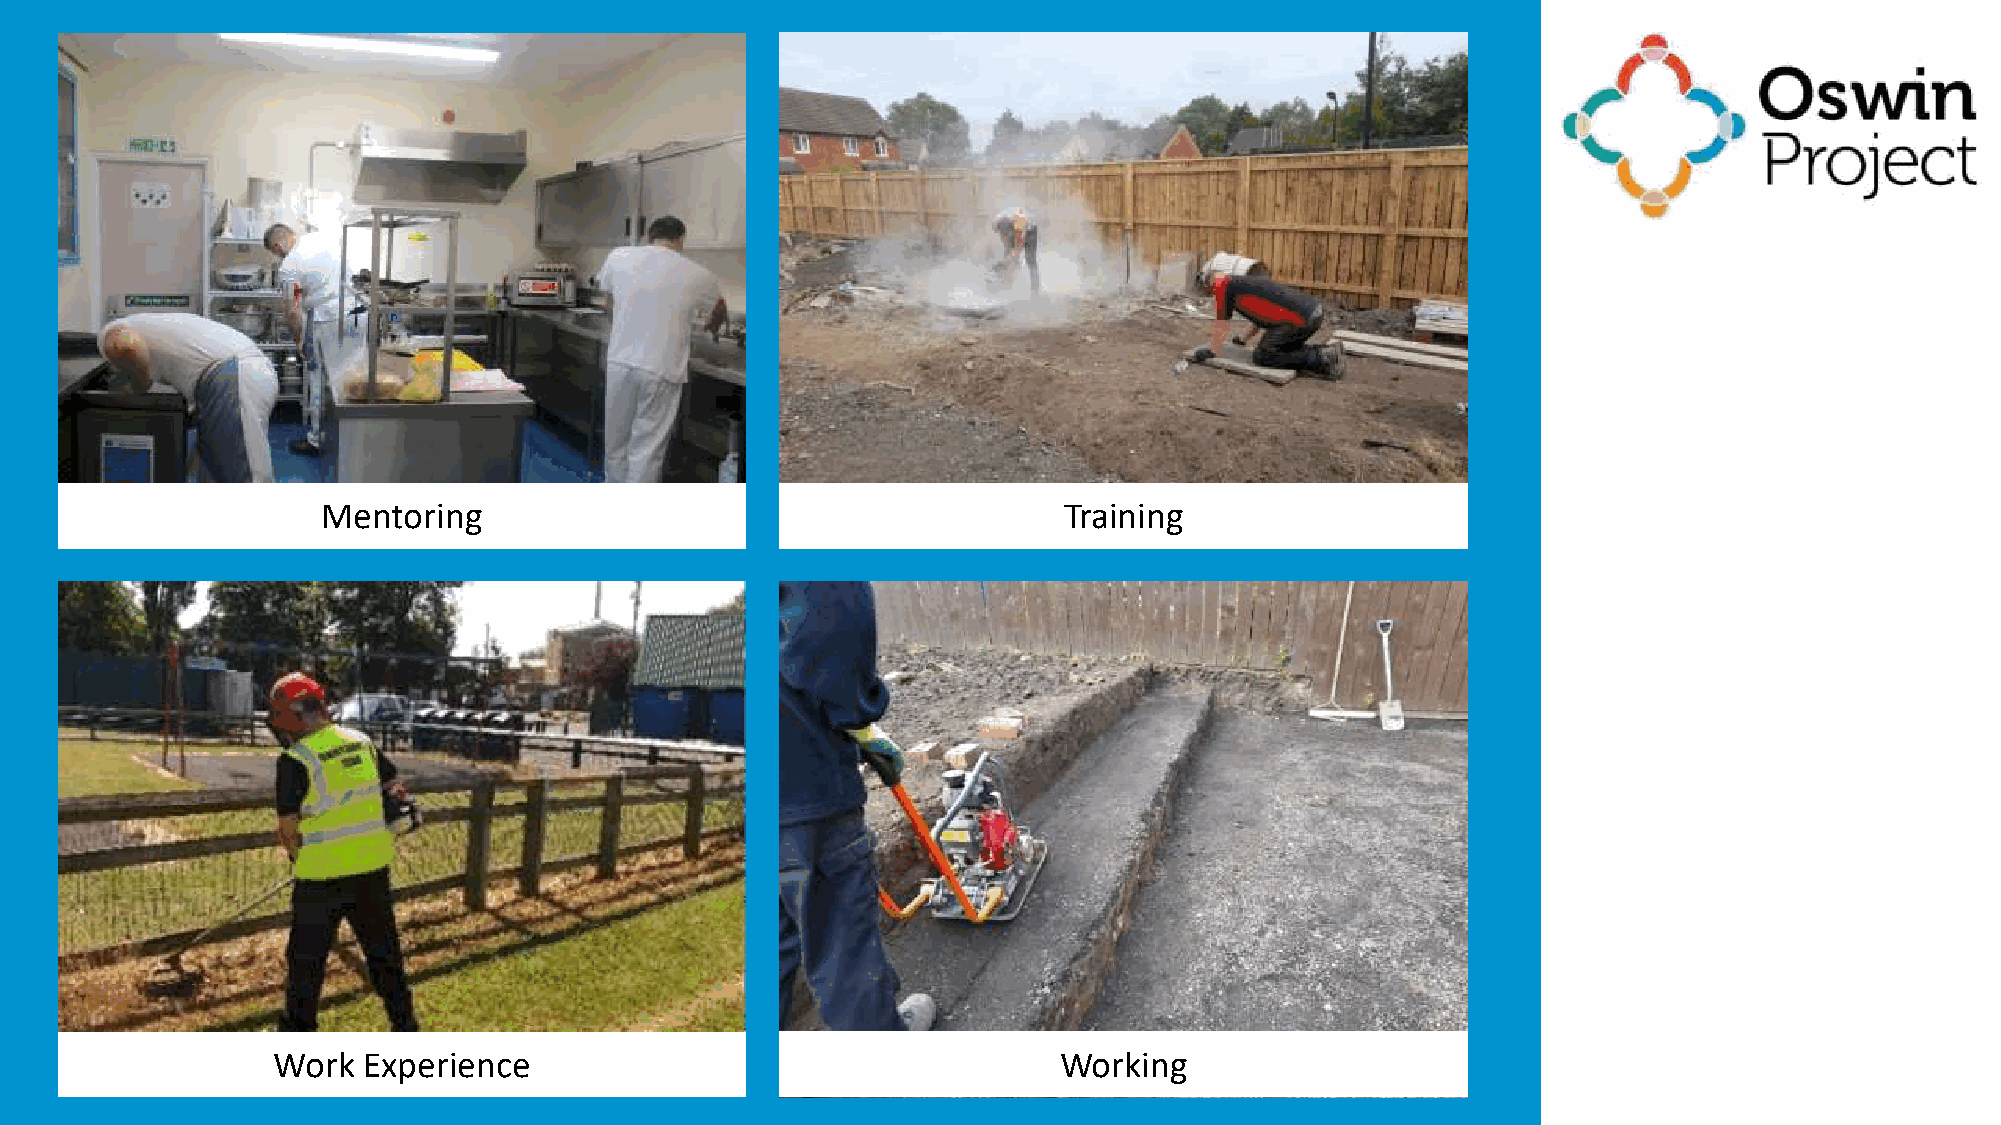
Mentoring                                        Training
 Work  Experience                                    Working